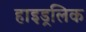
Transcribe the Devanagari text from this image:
हाइड्रलिक